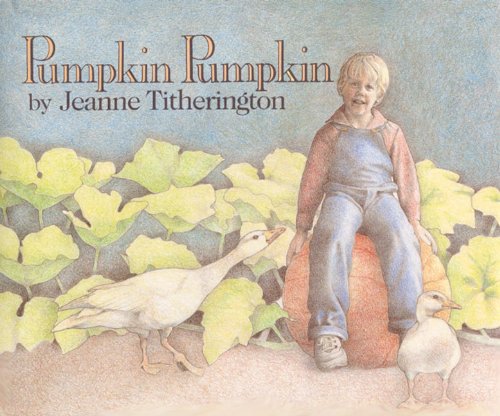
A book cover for Pumpkin Pumpkin; Jeanne Titherington; Children's Books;